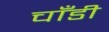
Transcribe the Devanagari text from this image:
चाँडी